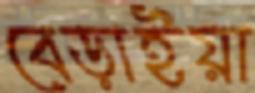
বেড়াইয়া